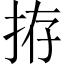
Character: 拵